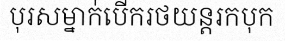
បុរសម្នាក់បើករថយន្តរកបុក